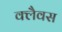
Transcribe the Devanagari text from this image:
क्लैवस